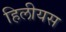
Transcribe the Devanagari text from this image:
हिलीयस